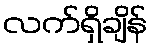
လက်ရှိချိန်